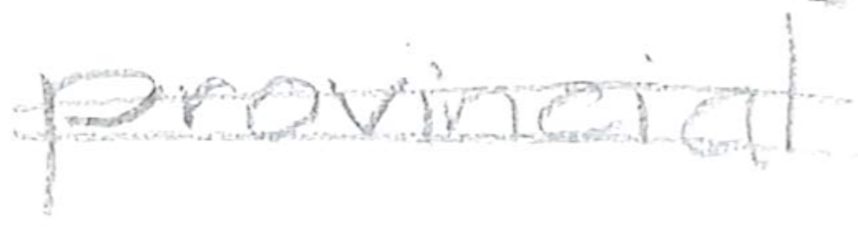
Text: provincial
Cross-out: double-line
Writing tool: pencil